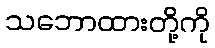
သဘောထားတို့ကို